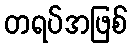
တရပ်အဖြစ်